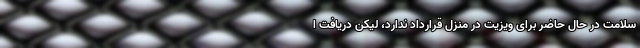
سلامت در حال حاضر برای ویزیت در منزل قرارداد ندارد، لیکن دریافت ا